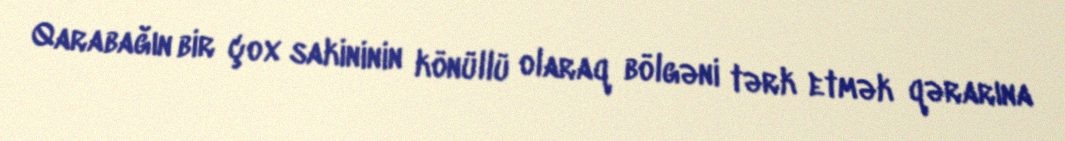
Qarabağın bir çox sakininin könüllü olaraq bölgəni tərk etmək qərarına